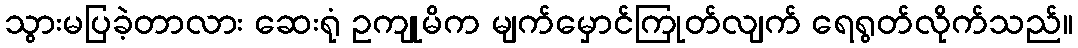
သွားမပြခဲ့တာလား ဆေးရုံ ဥကျုမိက မျက်မှောင်ကြုတ်လျက် ရေရွတ်လိုက်သည်။